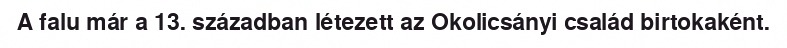
A falu már a 13. században létezett az Okolicsányi család birtokaként.